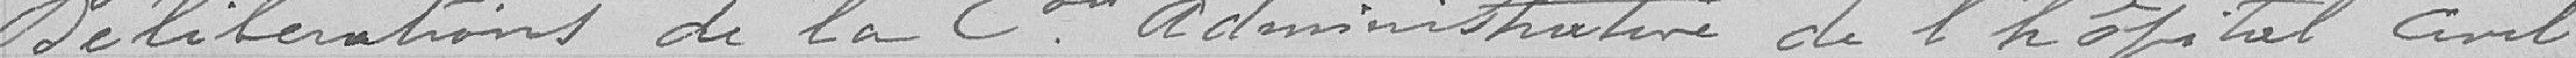
Délibérations de la commission administrative de l'hôpital civil